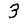
Digit: 3